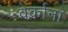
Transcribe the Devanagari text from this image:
वेर्काना